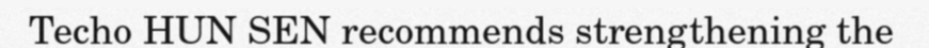
Techo HUN SEN recommends strengthening the